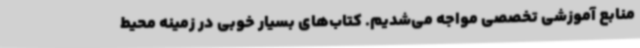
منابع آموزشی تخصصی مواجه می‌شدیم. کتاب‌های بسیار خوبی در زمینه محیط‌